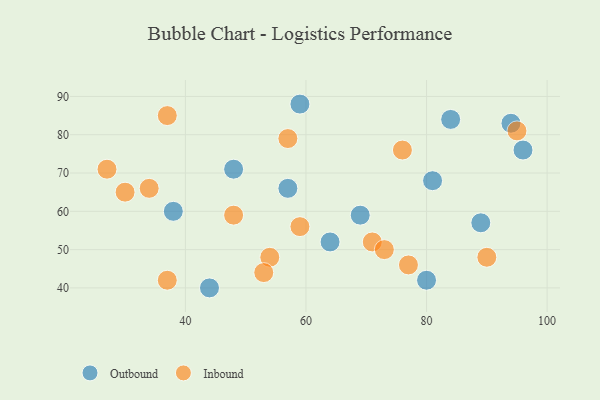
{"axis": {"x": "GDP", "y": "Life Expectancy"}, "legend": ["Inbound", "Outbound"], "data": [{"x": "96", "y": 76, "type": "Outbound"}, {"x": "84", "y": 84, "type": "Outbound"}, {"x": "64", "y": 52, "type": "Outbound"}, {"x": "94", "y": 83, "type": "Outbound"}, {"x": "69", "y": 59, "type": "Outbound"}, {"x": "48", "y": 71, "type": "Outbound"}, {"x": "59", "y": 88, "type": "Outbound"}, {"x": "81", "y": 68, "type": "Outbound"}, {"x": "89", "y": 57, "type": "Outbound"}, {"x": "38", "y": 60, "type": "Outbound"}, {"x": "57", "y": 66, "type": "Outbound"}, {"x": "44", "y": 40, "type": "Outbound"}, {"x": "80", "y": 42, "type": "Outbound"}, {"x": "76", "y": 76, "type": "Inbound"}, {"x": "71", "y": 52, "type": "Inbound"}, {"x": "48", "y": 59, "type": "Inbound"}, {"x": "73", "y": 50, "type": "Inbound"}, {"x": "54", "y": 48, "type": "Inbound"}, {"x": "53", "y": 44, "type": "Inbound"}, {"x": "34", "y": 66, "type": "Inbound"}, {"x": "57", "y": 79, "type": "Inbound"}, {"x": "27", "y": 71, "type": "Inbound"}, {"x": "37", "y": 85, "type": "Inbound"}, {"x": "77", "y": 46, "type": "Inbound"}, {"x": "30", "y": 65, "type": "Inbound"}, {"x": "59", "y": 56, "type": "Inbound"}, {"x": "90", "y": 48, "type": "Inbound"}, {"x": "37", "y": 42, "type": "Inbound"}, {"x": "95", "y": 81, "type": "Inbound"}]}